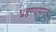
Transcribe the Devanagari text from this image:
घडण्यामागचे